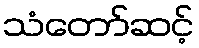
သံတော်ဆင့်